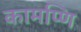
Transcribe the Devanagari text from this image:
कामप्णि